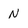
Character: N